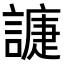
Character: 𧫰